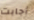
أجابت